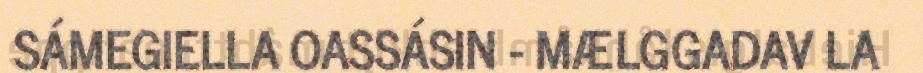
SÁMEGIELLA OASSÁSIN - MÆLGGADAV LA